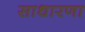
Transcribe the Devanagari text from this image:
साधारणा